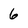
Character: 6